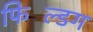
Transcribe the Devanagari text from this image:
फिल्डिंग